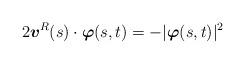
LaTeX: \begin{align*}2\mbox{\mathversion{bold}$v$}^{R}(s)\cdot \mbox{\mathversion{bold}$\varphi$}(s,t)=-\lvert\mbox{\mathversion{bold}$\varphi$}(s,t)\rvert^{2}\end{align*}